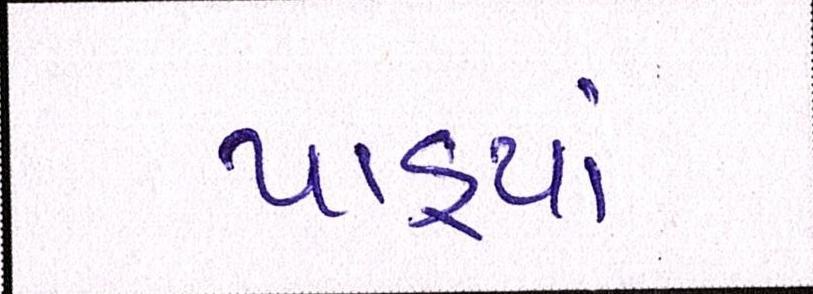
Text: પાડ્યાં